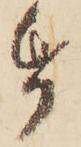
帋